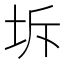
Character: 坼